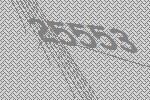
25553